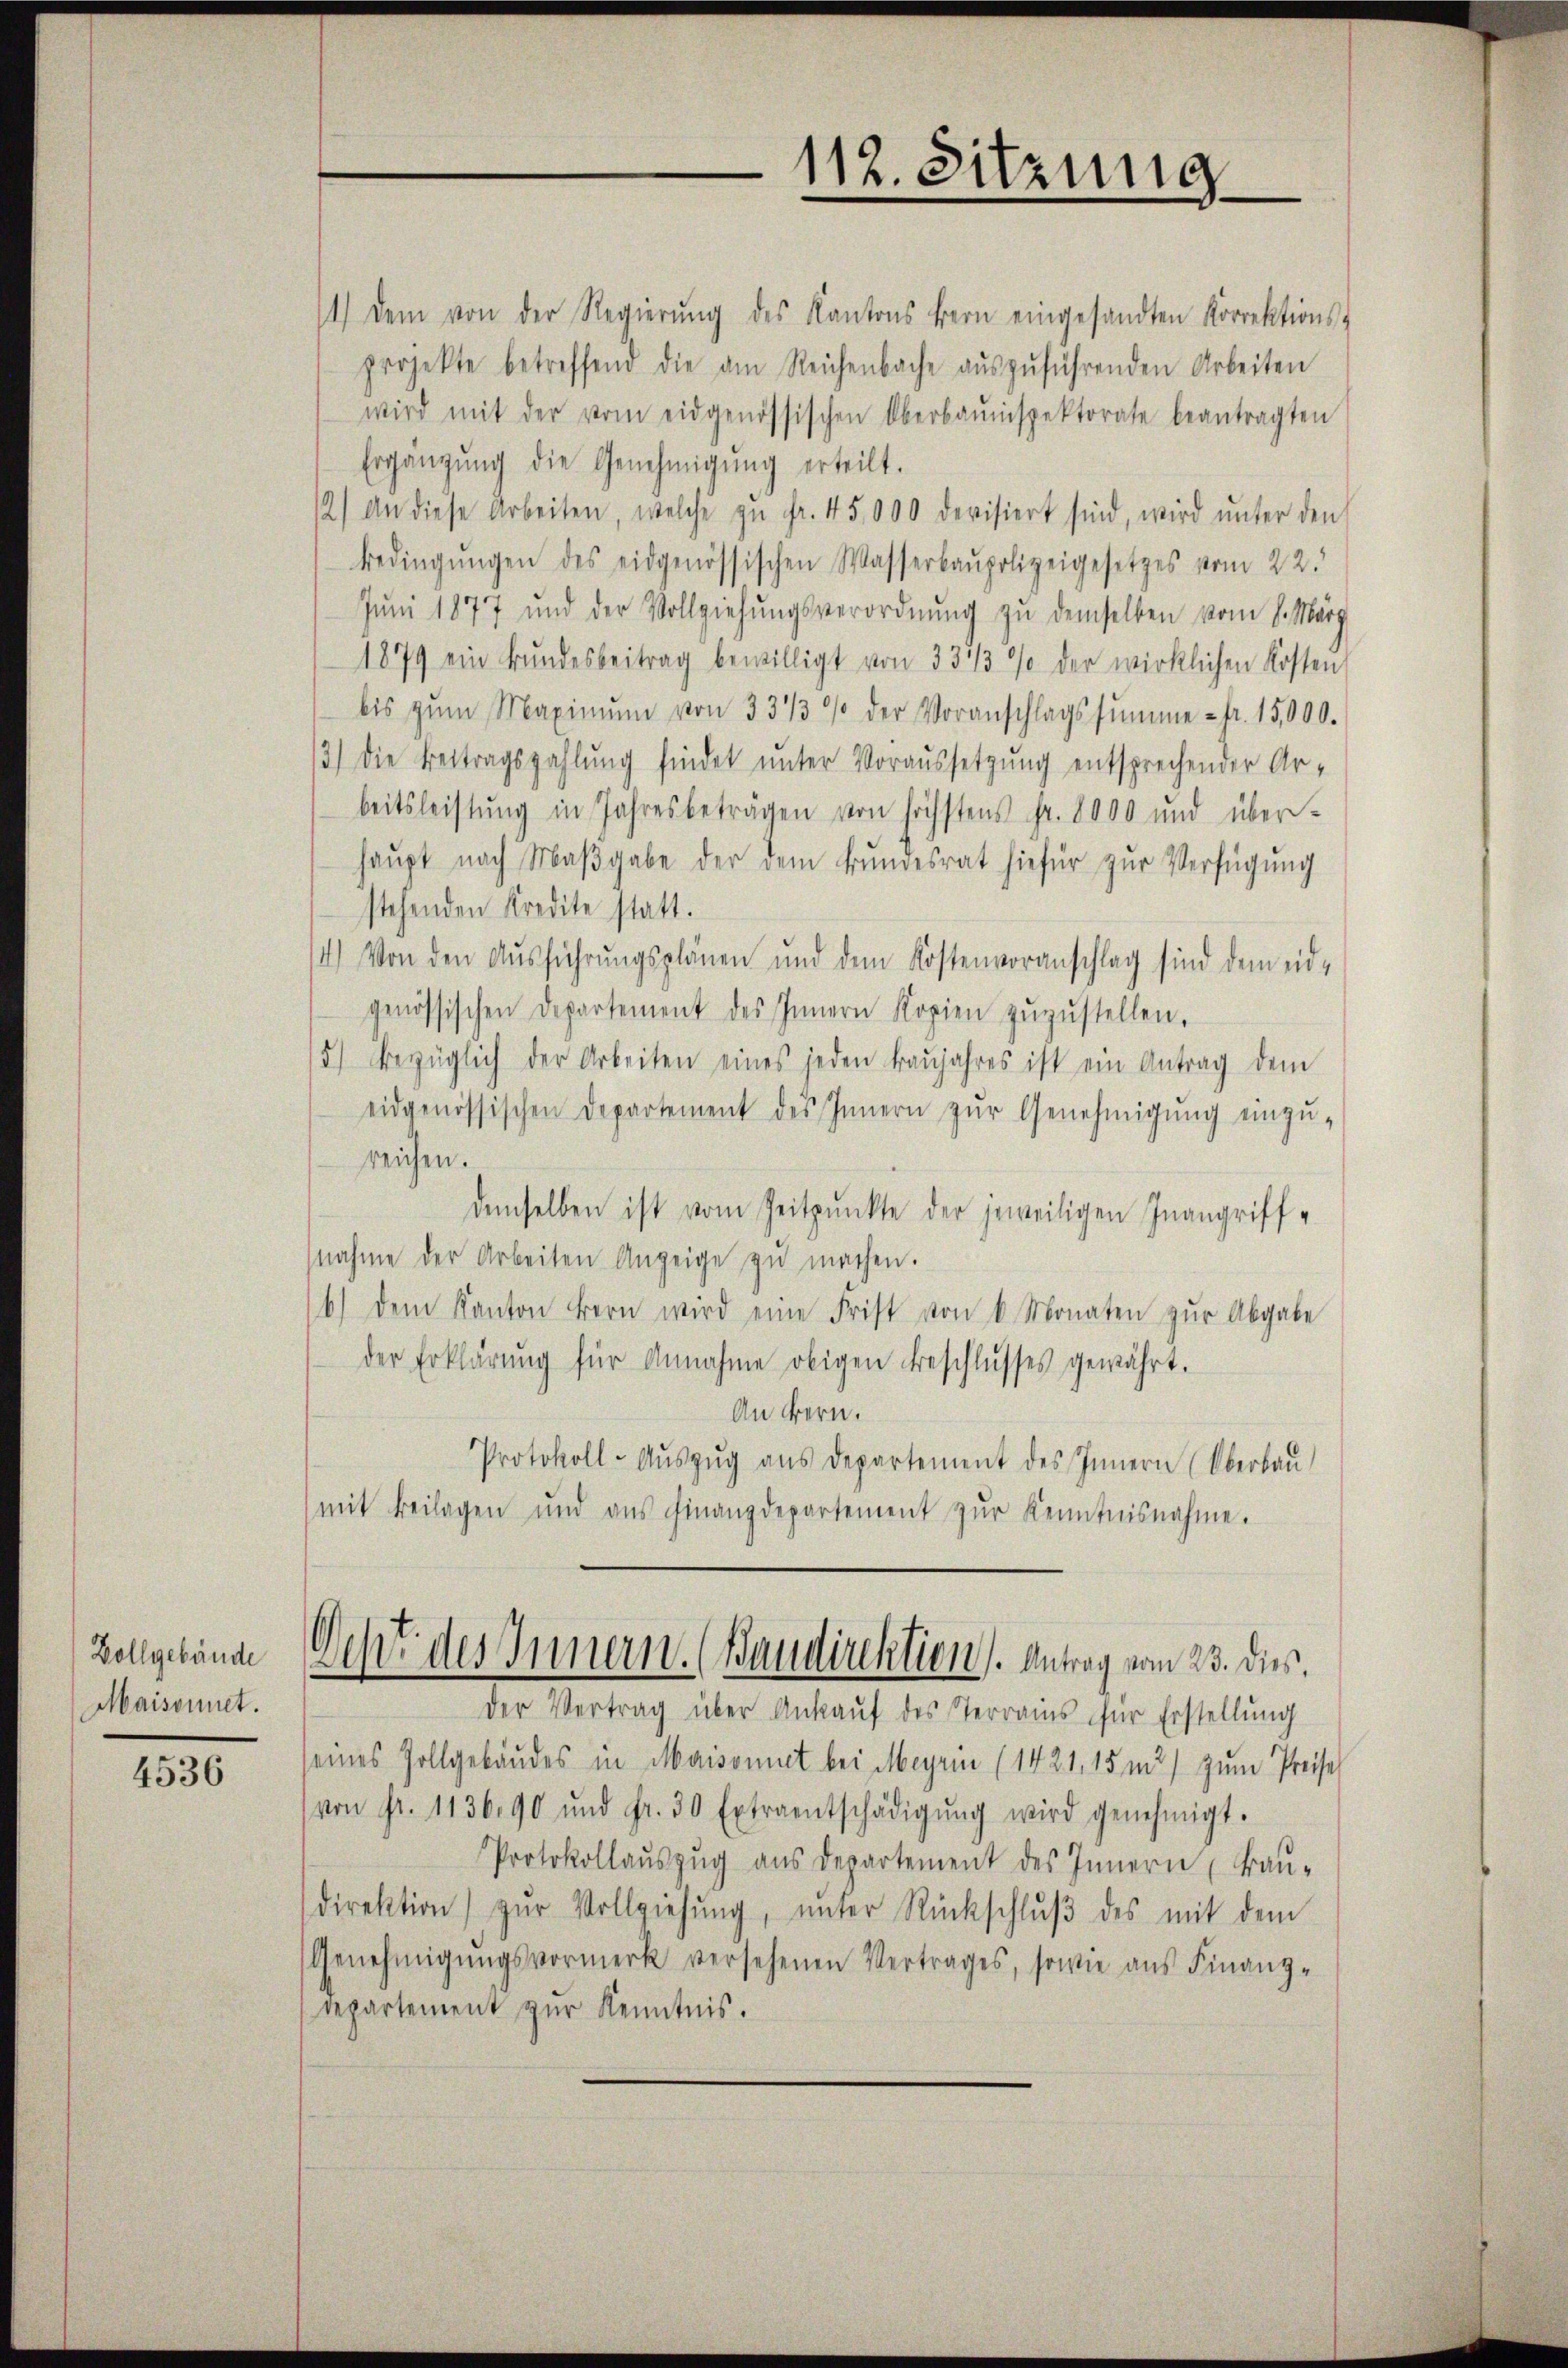
Vollgebäude
Maisonnet.

4536

11) Dem von der Regierŭng des Kantons Bern eingesandten Korrektions-
projekte betreffend die am Reichenbache aŭszŭführenden Arbeiten
wird mit der vom eidgenössischen Oberbauinspektorate beantragten
Ergänzŭng die Genehmigŭng erteilt.
12.) An diese Arbeiten, welche zŭ fr. 45,000 devisiert sind, wird ŭnter den
bedingŭngen des eidgenössischen Wasserbaupolizeigesetzes vom 22.
Jŭni 1877 und der Vollziehŭngsverordnŭng zŭ demselben vom 8. März
1879 ein Bundesbeitrag bewilligt von 331/3 % der wirklichen Kosten
bis zŭm Maximŭm von 33/3 % der Voranschlagssumme - Fr. 15,000.
3.) Die Beitragszahlung findet unter Voraussetzung entsprechender Ar-
beitsleistŭng in Jahresbeträgen von höchstens Fr. 8000 und über-
haŭpt nach Maβgabe der dem Bŭndesrat hiefür zŭr Verfügung
stehenden Kredite statt.
14) Von den Ausführungsplänen und dem Kostenvoranschlag sind dem eid-
genössischen Departement des Innern Kopien zŭzŭstellen.
15) bezüglich der Arbeiten eines jeden Baŭjahres ist ein Antrag dem
eidgenössischen Departement des Innern zur Genehmigung einzureichen.
demselben ist vom Zeitpunkte der jeweiligen Inangriffnahme der Arbeiten Anzeige zŭ machen.
b) dem Kanton Bern wird eine Frist von 6 Monaten zŭr Abgabe
der Erklärung für Annahme obigen Beschlusses gewährt.
An Bern.
Protokoll-Aŭszŭg aŭs departement des Innern (Oberbau
mit Beilagen und aŭs Finanzdepartement zŭr Kenntnisnahme.
Deht des Innern. (Baudirektion. Antrag vom 23. dies
Der Vertrag über Ankauf des Terrains für Erstellung
seines Zollgebäudes in Maisomit bei Meyrin (1421. 15 m2) zum Preise
von Fr. 113690 und fr. 30 Extraentschädigŭng wird genehmigt.
Protokollauszug aus Departement des Innern Bau-
direktion zŭr Vollziehŭng ŭnter Rückschlŭβ des mit dem
Genehmigŭngsvormerk versehenen Vertrages, sowie aŭs Finanz-
departement zur Kenntnis.

112. Sitzung